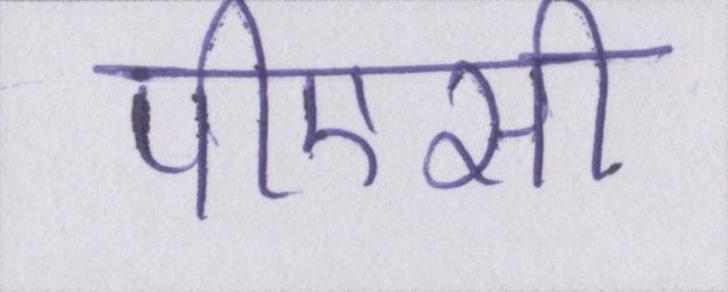
पीएसी